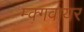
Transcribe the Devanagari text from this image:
म्क्गवायर